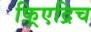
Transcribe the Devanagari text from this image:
फ़्रिएद्रिच